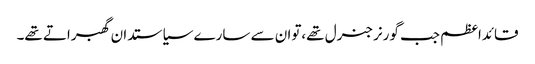
قائداعظم جب گورنرجنرل تھے،توان سے سارے سیاستدان گھبراتے تھے۔